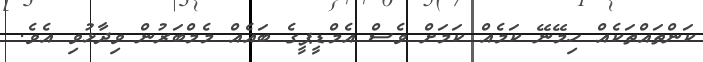
ކަންތައްތަކެއް ހިމޭނޭ ކަމެއް ކަމަށް ވެސް އެމްޑީޕީގެ ބައެއް މެމްބަރުން ވިދާޅުވި އެވެ.